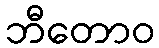
ဘီတောဝ